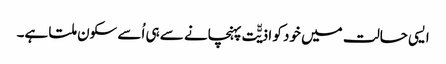
ایسی حالت میں خود کو اذیّّت پہنچانے سے ہی اُسے سکون ملتا ہے۔